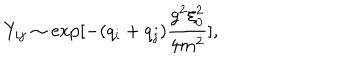
Y _ { i j } \sim \exp [ - ( q _ { i } + q _ { j } ) { \frac { g ^ { 2 } \xi _ { 0 } ^ { 2 } } { 4 m ^ { 2 } } } ] ,